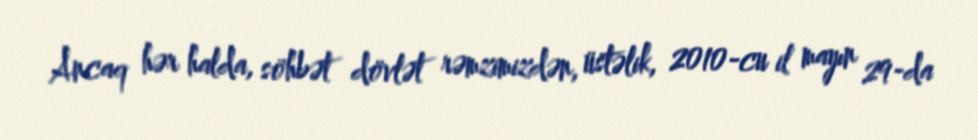
Ancaq hər halda, söhbət dövlət rəmzimizdən, üstəlik, 2010-cu il mayın 29-da